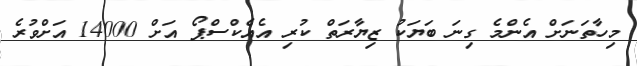
މިހާތަނަށް އެންމެ ގިނަ ބަޔަކު ޒިޔާރަތް ކުރި އެއެކްސްޕޯ އަށް 14000 އަށްވުރެ